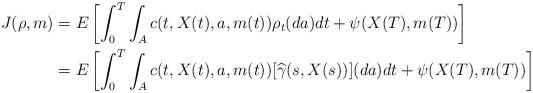
LaTeX: \begin{align*}J(\rho,m) &= E\left[\int_0^T\int_A c(t,X(t),a,m(t))\rho_t(da) dt + \psi(X(T),m(T))\right] \\&=E\left[\int_0^T\int_A c(t,X(t),a,m(t))[\widehat{\gamma}(s,X(s))](da) dt + \psi(X(T),m(T))\right] \end{align*}